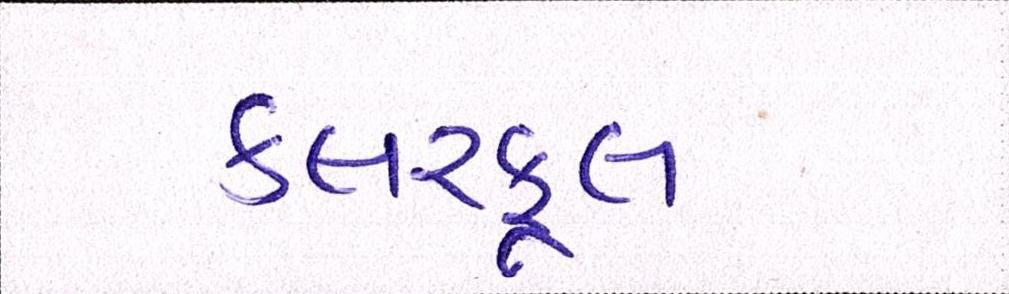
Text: કલરફૂલ